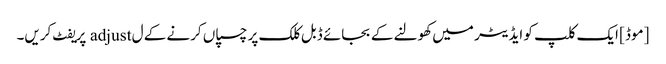
[موڈ] ایک کلپ کو ایڈیٹر میں کھولنے کے بجائے ڈبل کلک پر چسپاں کرنے کے ل adjust پریفٹ کریں۔